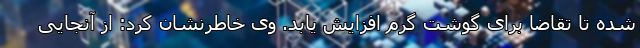
شده تا تقاضا برای گوشت گرم افزایش یابد. وی خاطرنشان کرد: از آنجایی